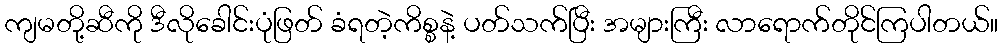
ကျမတို့ဆီကို ဒီလိုခေါင်းပုံဖြတ် ခံရတဲ့ကိစ္စနဲ့ ပတ်သက်ပြီး အများကြီး လာရောက်တိုင်ကြပါတယ်။